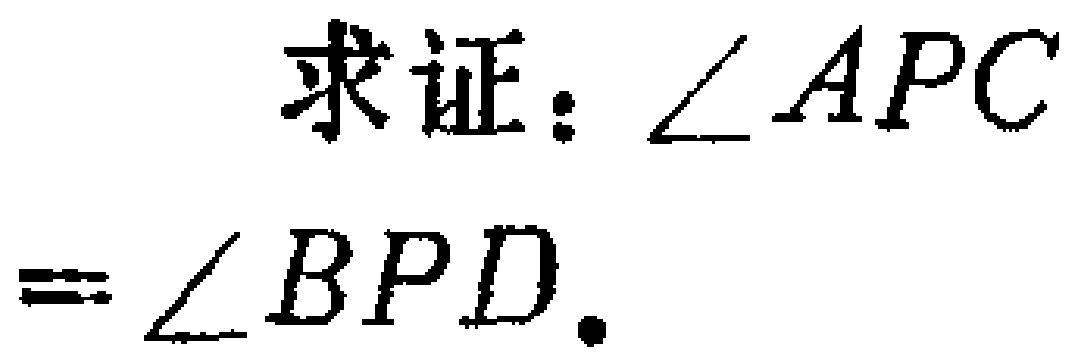
求证：\(\angle APC=\angle BPD\)。